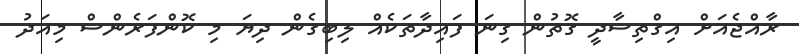
ރާއްޖެއަށް އިގްތިސާދީ ގޮތުން ގިނަ ފައިދާތަކެއް ލިބިގެން ދިޔަ މި ކޮންފަރެންސް މިއަދު